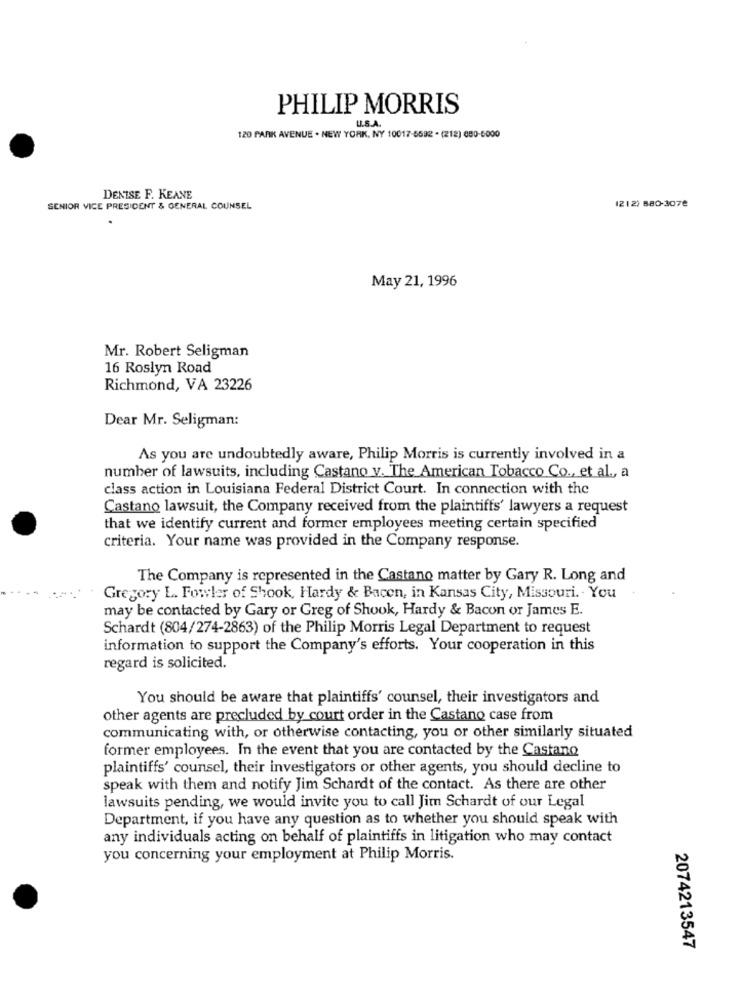
PHILIP MORRIS
U.S.A.
120 PARK AVENUE . NEW YORK, NY 10017-5592 . (212) 680-5000
DENISE F. KEANE
SENIOR VICE PRESIDENT & GENERAL COUNSEL
1212) 880-3078
May 21, 1996
Mr. Robert Seligman
16 Roslyn Road
Richmond, VA 23226
Dear Mr. Seligman:
As you are undoubtedly aware, Philip Morris is currently involved in a
number of lawsuits, including Castano v. The American Tobacco Co ., et al ., a
class action in Louisiana Federal District Court. In connection with the
Castano lawsuit, the Company received from the plaintiffs' lawyers a request
that we identify current and former employees meeting certain specified
criteria. Your name was provided in the Company response.
The Company is represented in the Castano matter by Gary R. Long and
Gregory L. Fowler of Shook, Hardy & Bacon, in Kansas City, Missouri. - You
may be contacted by Gary or Greg of Shook, Hardy & Bacon or James E.
Schardt (804/274-2863) of the Philip Morris Legal Department to request
information to support the Company's efforts. Your cooperation in this
regard is solicited.
You should be aware that plaintiffs' counsel, their investigators and
other agents are precluded by court order in the Castano case from
communicating with, or otherwise contacting, you or other similarly situated
former employees. In the event that you are contacted by the Castano
plaintiffs' counsel, their investigators or other agents, you should decline to
speak with them and notify Jim Schardt of the contact. As there are other
lawsuits pending, we would invite you to call Jim Schardt of our Legal
Department, if you have any question as to whether you should speak with
any individuals acting on behalf of plaintiffs in litigation who may contact
you concerning your employment at Philip Morris.
2074213547